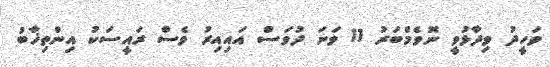
ވަހީދު ވިދާޅުވީ ނޮވެމްބަރު 11 ވަނަ ދުވަސް އައިއިރު ވެސް ރައީސަކު އިންތިޚާބު